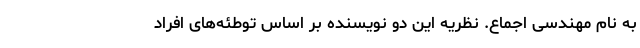
به نام مهندسی اجماع. نظریه این دو نویسنده بر اساس توطئه‌های افراد